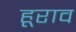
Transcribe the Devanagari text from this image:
हूराव